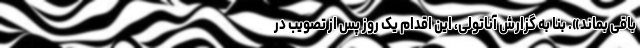
باقی بماند». بنا به گزارش آناتولی، این اقدام یک روز پس از تصویب در